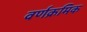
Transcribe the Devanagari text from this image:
वर्णक्रमिक